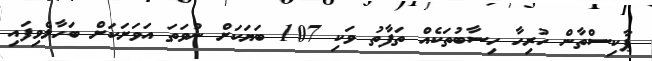
ޕާކިސްތާން ހުރިހާ ހިސާބުތަކެއް ތަފާތު ވަކި 107 ބަޔަކަށް ނުވަތަ އަވަށަކަށް ބަހާލެވިފައި